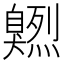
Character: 𦤭